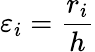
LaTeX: \varepsilon_{i}=\frac{r_{i}}{h}